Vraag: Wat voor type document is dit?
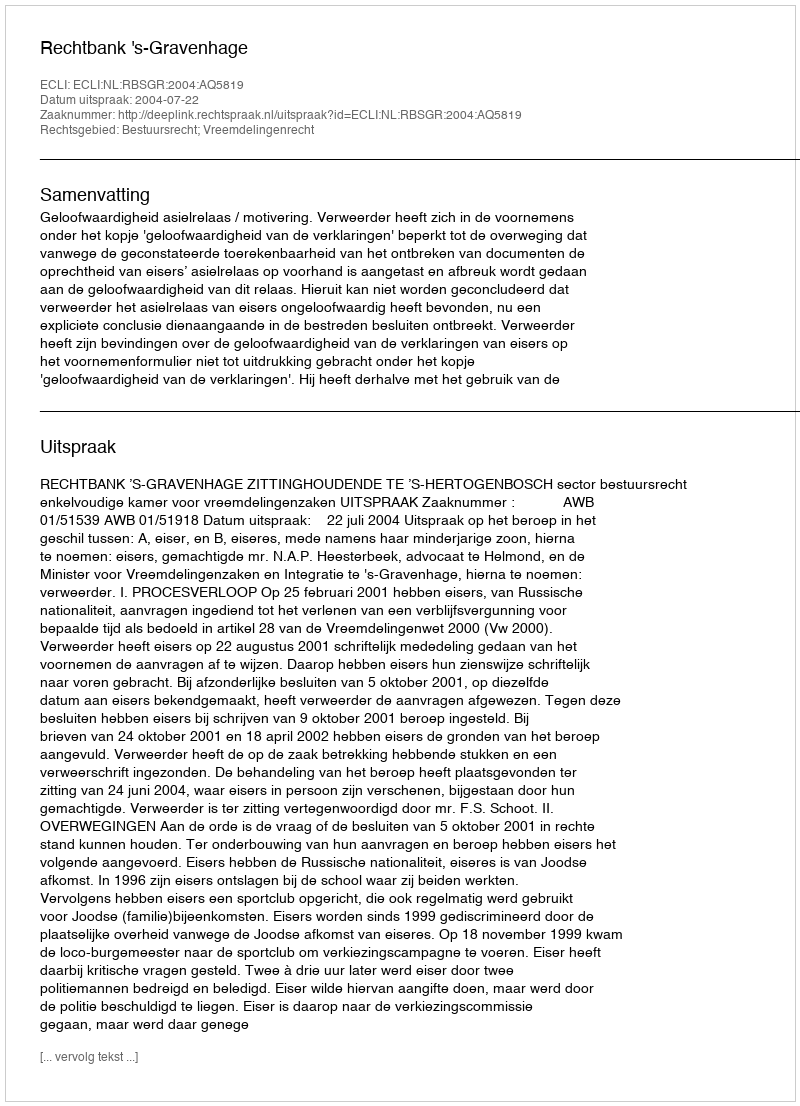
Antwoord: Uitspraak